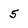
Character: 5